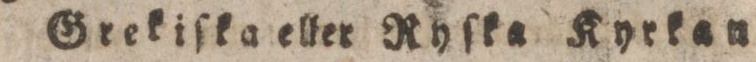
Grekiſka eller Ryſka Kyrkan